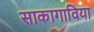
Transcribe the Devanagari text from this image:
साकागाविया